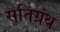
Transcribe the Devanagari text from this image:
सतिग्रंथ